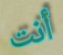
أنت